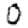
Digit: 0